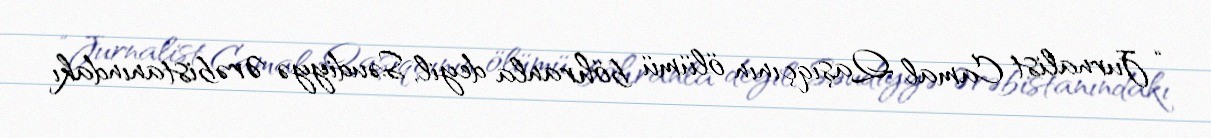
“Jurnalist Camal Qaşıqçının ölümü böhranla deyil, Səudiyyə Ərəbistanındakı